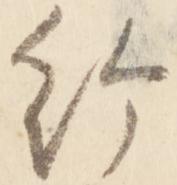
給